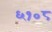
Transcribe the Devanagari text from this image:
६१०८